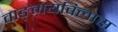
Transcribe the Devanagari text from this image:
वाङ्‌मयविलास